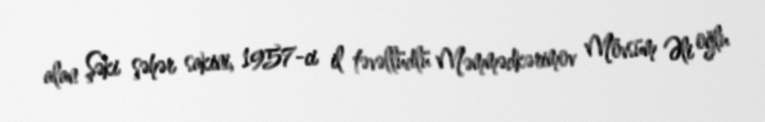
alan Şəki şəhər sakini, 1957-ci il təvəllüdlü Məmmədkərimov Mövsüm Əli oğlu